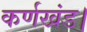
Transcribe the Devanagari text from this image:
कर्णखंड।